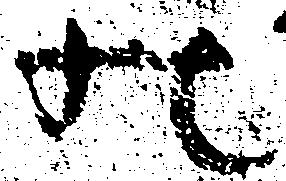
の